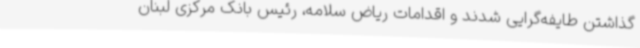
گذاشتن طایفه‌گرایی شدند و اقدامات ریاض سلامه، رئیس بانک مرکزی لبنان